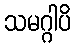
သမဂ္ဂါပိ